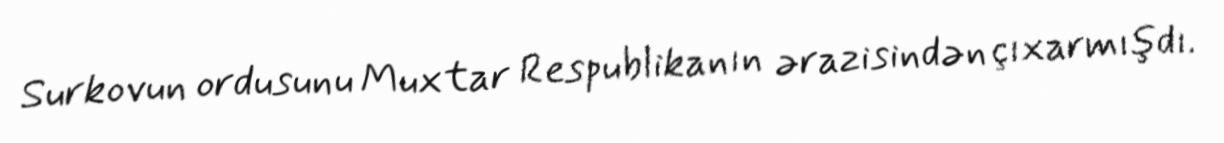
Surkovun ordusunu Muxtar Respublikanın ərazisindən çıxarmışdı.